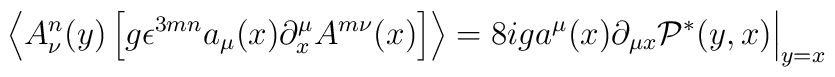
\left\langle  A^n_\nu (y)     \left[    g \epsilon^{3mn} a_\mu (x) \partial^\mu_x A^{m\nu} (x)    \right]     \right\rangle =   8 i g a^\mu (x) \partial_{\mu x} \mathcal P^* (y,x) \Bigr |_{y=x}